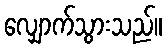
လျှောက်သွားသည်။